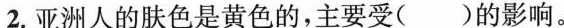
2.亚洲人的肤色是黄色的，主要受()的影响。